Indian journal of veterinary science and animal husbandry - Volume 6,
Year: 1936
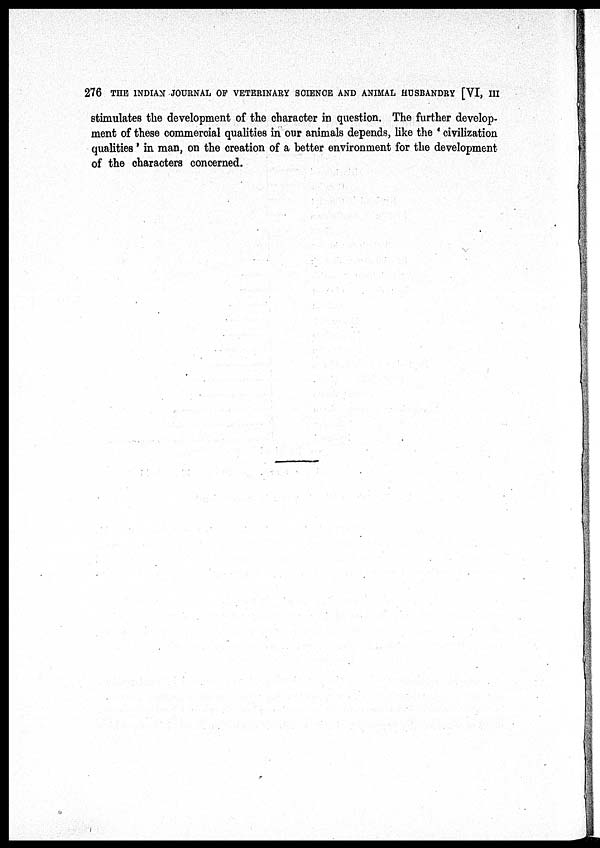
276 THE INDIAN JOURNAL OF VETERINARY SCIENCE AND ANIMAL HUSBANDRY [VI, III
stimulates the development of the character in question. The further develop-
ment of these commercial qualities in our animals depends, like the ' civilization
qualities' in man, on the creation of a better environment for the development
of the characters concerned.